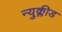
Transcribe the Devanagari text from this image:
न्युक्लीड